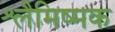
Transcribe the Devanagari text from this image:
श्लैमिष्मक